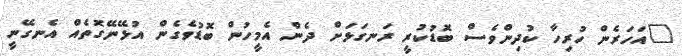
"އަހަރެން ހުރިހާ ކުދިންވެސް ބޮޑުކުރީ ރަނގަޅަށް ދެން އެމީހުން ބޮޑުވެގެން އުޅޭނޭގޮތެއް އެނގޭނީ